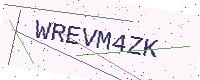
Text: WREVM4ZK